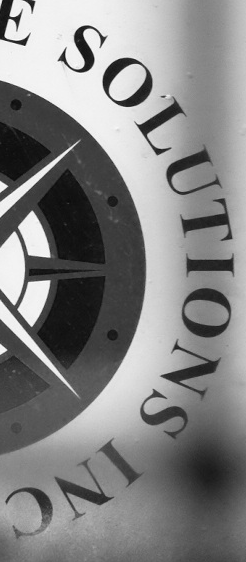
SOLUTIONS INC